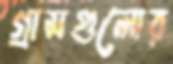
গ্রামগুলোর